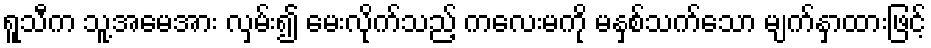
ရူသီက သူ့အမေအား လှမ်း၍ မေးလိုက်သည့် ကလေးမကို မနှစ်သက်သော မျက်နှာထားဖြင့်